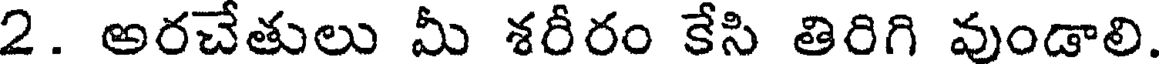
2. అరచేతులు మీ శరీరం కేసి తిరిగి వుండాలి.